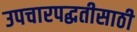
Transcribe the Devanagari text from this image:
उपचारपद्धतीसाठी